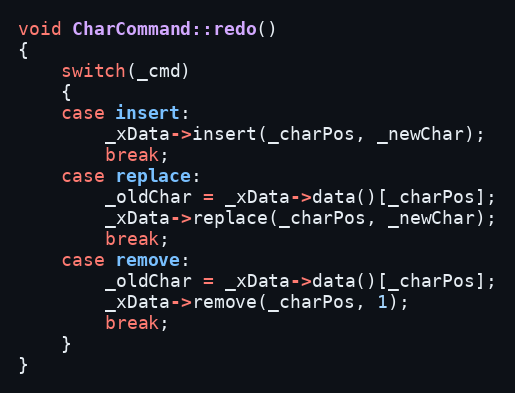
Language: C++
void CharCommand::redo()
{
    switch(_cmd)
    {
    case insert:
        _xData->insert(_charPos, _newChar);
        break;
    case replace:
        _oldChar = _xData->data()[_charPos];
        _xData->replace(_charPos, _newChar);
        break;
    case remove:
        _oldChar = _xData->data()[_charPos];
        _xData->remove(_charPos, 1);
        break;
    }
}